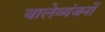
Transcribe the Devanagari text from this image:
वालेव्यंजनों